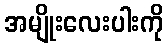
အမျိုးလေးပါးကို